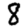
Digit: 8